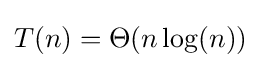
T(n)=\Theta (n\log(n))